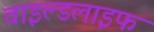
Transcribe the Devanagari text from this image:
वाइल्‍डलाइफ